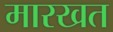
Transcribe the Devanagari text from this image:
मारखत